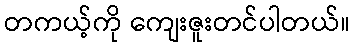
တကယ့်ကို ကျေးဇူးတင်ပါတယ်။